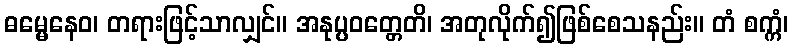
ဓမ္မေနေဝ၊ တရားဖြင့်သာလျှင်။ အနုပ္ပဝတ္တေတိ၊ အတုလိုက်၍ဖြစ်စေသနည်း။ တံ စက္ကံ၊